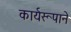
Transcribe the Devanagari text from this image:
कार्यरूपाने